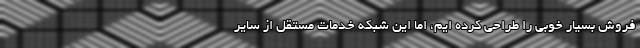
فروش بسیار خوبی را طراحی کرده ایم، اما این شبکه خدمات مستقل از سایر